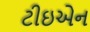
ટીઇએન